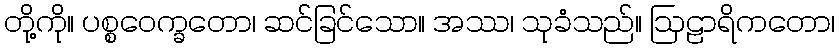
တို့ကို။ ပစ္စဝေက္ခတော၊ ဆင်ခြင်သော။ အဿ၊ သုခံသည်။ ဩဠာရိကတော၊